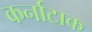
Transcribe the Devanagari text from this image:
कर्नाटाक